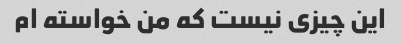
این چیزی نیست که من خواسته ام